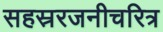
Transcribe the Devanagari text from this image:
सहस्ररजनीचरित्र